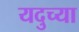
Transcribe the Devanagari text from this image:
यदुच्या